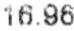
16.96